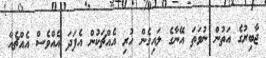
ޖާބިރުގެ އަތުން ނުވަތަ އޭނާގެ ލައިގެން ހުރި އެއްޗަކުން އެފަދަ އެއްވެސް އެއްޗެއް